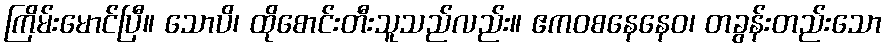
ကြိမ်းမောင်ပြီ။ သောပိ၊ ထိုစောင်းတီးသူသည်လည်း။ ဧကဝစနေနေဝ၊ တခွန်းတည်းသော